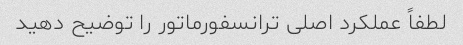
لطفاً عملکرد اصلی ترانسفورماتور را توضیح دهید